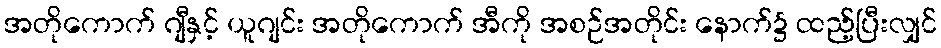
အတိုကောက် ဂျီနှင့် ယူဂျင်း အတိုကောက် အီကို အစဉ်အတိုင်း နောက်၌ ထည့်ပြီးလျှင်